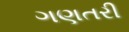
ગણતરી